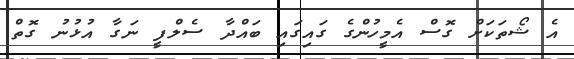
އެ ޝޯތަަކަށް ގޮސް އެމީހުންގެ ގައިގައި ބައްދާ ސެލްފީ ނަގާ އުޅުނު ގޮތް